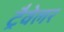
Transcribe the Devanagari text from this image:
ट्रैवेलर